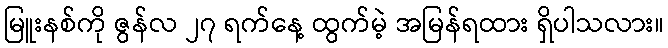
မြူးနစ်ကို ဇွန်လ ၂၇ ရက်နေ့ ထွက်မဲ့ အမြန်ရထား ရှိပါသလား။